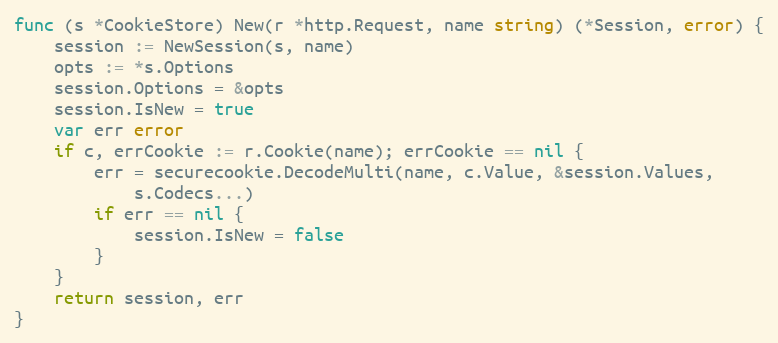
Language: Go
func (s *CookieStore) New(r *http.Request, name string) (*Session, error) {
	session := NewSession(s, name)
	opts := *s.Options
	session.Options = &opts
	session.IsNew = true
	var err error
	if c, errCookie := r.Cookie(name); errCookie == nil {
		err = securecookie.DecodeMulti(name, c.Value, &session.Values,
			s.Codecs...)
		if err == nil {
			session.IsNew = false
		}
	}
	return session, err
}